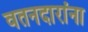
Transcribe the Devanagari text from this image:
वतनदारांना